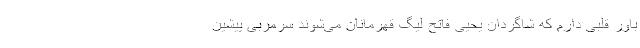
باور قلبی دارم که شاگردان یحیی فاتح لیگ قهرمانان می‌شوند سرمربی پیشین